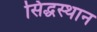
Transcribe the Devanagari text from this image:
सिद्धस्थान